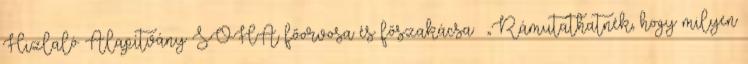
Hizlaló Alapítvány SOHA főorvosa és főszakácsa „Rámutathatnék, hogy milyen